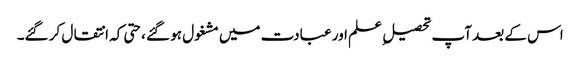
اس کے بعد آپ تحصیل ِ علم اور عبادت میں مشغول ہو گئے ،حتی کہ انتقال کر گئے۔